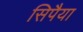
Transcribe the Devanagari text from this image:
सिपैया